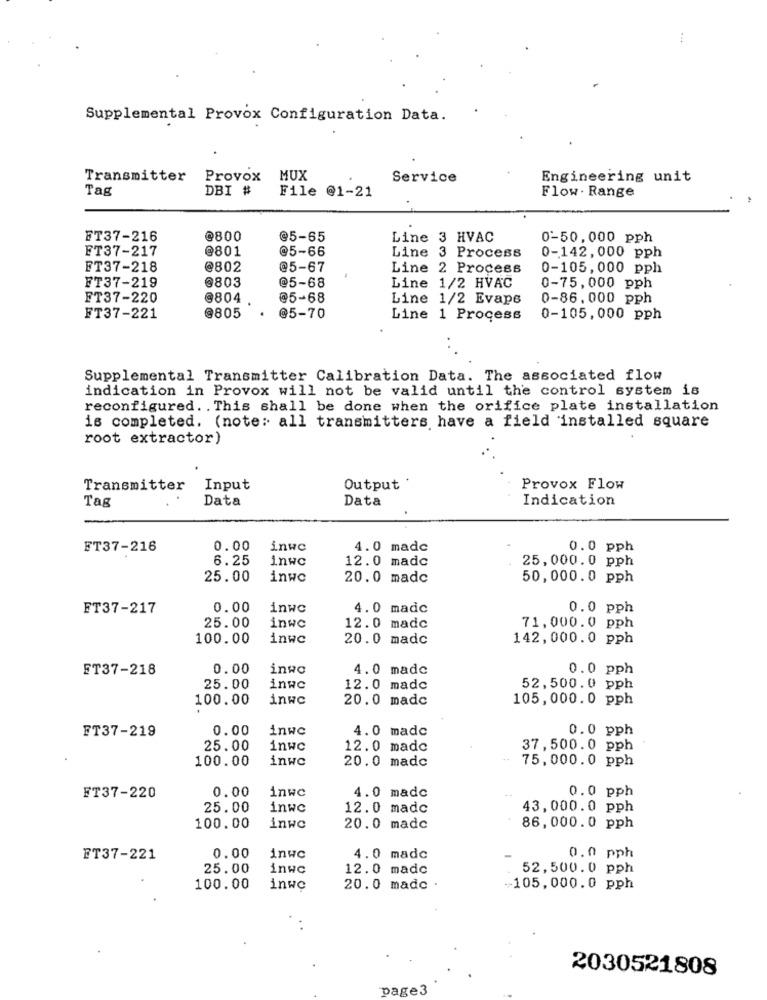
Supplemental Provox Configuration Data.
Transmitter
Provox MUX
Service
Engineering unit
Tag
DBI #
File @1-21
Flow . Range
FT37-216
@800
@5-65
Line 3 HVAC
0-50,000 pph
FT37-217
@801
@5-66
Line 3 Process
0-142, 000 pph
FT37-218
@802
@5-67
Line 2 Process
0-105,000 pph
FT37-219
0803
@5-68
Line 1/2 HVAC
0-75,000 pph
FT37-220
@804
@5-68
Line 1/2 Evape
0-86.000 pph
FT37-221
@805
@5-70
Line 1 Process
0-105,000 pph
Supplemental Transmitter Calibration Data. The associated flow
indication in Provox will not be valid until the control system is
reconfigured. . This shall be done when the orifice plate installation
is completed. (note: all transmitters have a field installed square
root extractor)
Transmitter
Input
Output .
Provox Flow
Tag
Data
Data
Indication
FT37-216
0.00
inwe
4.0 madc
0.0 pph
6.25
inwc
12.0 madc
25,000.0 pph
25.00
inwo
20.0 madc
50,000.0 pph
FT37-217
0.00
inwc
4.0 madc
0.0 pph
25.00
inwe
12.0 madc
71,000.0 pph
100.00
inwe
20.0 madc
142,000.0 pph
FT37-218
0.00
inwo
4.0 madc
0.0 pph
25.00
inwe
12.0 madc
52,500.0 pph
100.00
inwc
20.0 madc
105,000.0 pph
FT37-219
0.00
inwe
4.0 madc
0.0 pph
25.00
inwc
12.0 mado
37,500.0 pph
100.00
inwc
20.0 madc
75,000.0 pph
0.00
0.0 pph
FT37-220
inwe
4.0 madc
25.00
inwc
12.0 madc
43, 000.0 pph
100.00
inwo
20.0 madc
86,000.0 pph
FT37-221
0.00
inwc
4.0 madc
0.0 pph
25.00
inwc
12.0 mado
52,500.0 pph
100.00
inwe
20.0 mado .
-105,000.0 pph
2030521808
page3